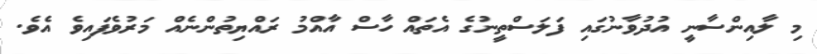
މި ލާއިންސާނީ އުދުވާނުގައި ފަލަސްތީނުގެ އެތައް ހާސް އާއްމު ރައްޔިތުންނެއް މަރުވެފައިވެ އެވެ.